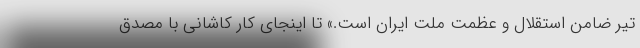
تیر ضامن استقلال و عظمت ملت ایران است.» تا اینجای کار کاشانی با مصدق